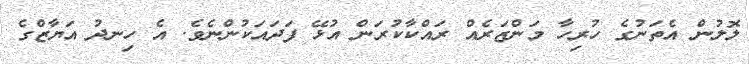
ލޮލުން އެތަނުގެ ހުރިހާ މަންޒަރެއް ރައްކާކުރަން އުޅޭ ފަދައަކުންނެވެ. އެ ހިނދު އަޔާޒްގެ